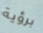
برؤية